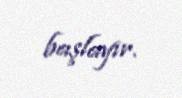
başlayır.